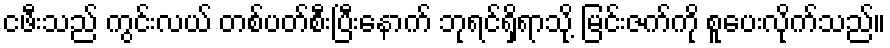
ငဖီးသည် ကွင်းလယ် တစ်ပတ်စီးပြီးနောက် ဘုရင်ရှိရာသို့ မြင်းဇက်ကို စူပေးလိုက်သည်။